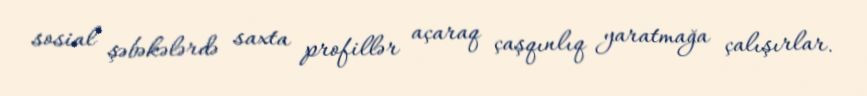
sosial şəbəkələrdə saxta profillər açaraq çaşqınlıq yaratmağa çalışırlar.